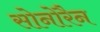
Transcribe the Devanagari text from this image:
सोनोरैन